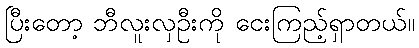
ပြီးတော့ ဘီလူးလှဦးကို ငေးကြည့်ရှာတယ်။